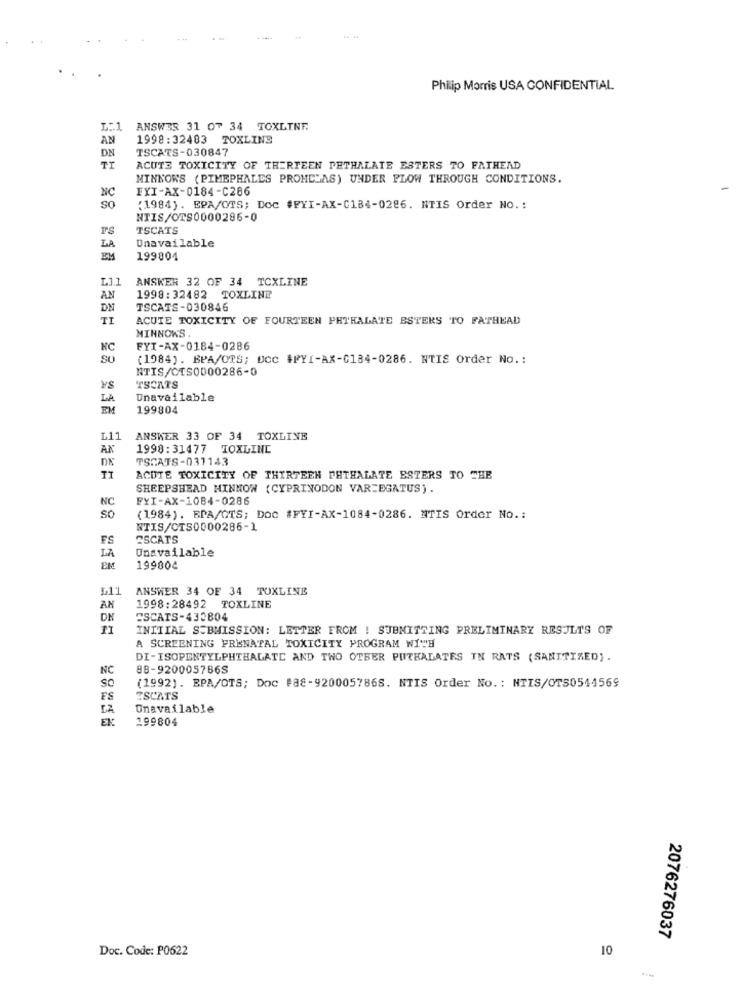
-44
Philip Morris USA CONFIDENTIAL
L:1
ANSWER 31 OF 34 TOXLINF.
AN
1998:32483 TOXLINE
DN
TSCATS-030847
TI
ACUTE TOXICITY OF THERTEEN PETHALATE ESTERS TO FATHEAD
MINNOWS (PIMEPHALES PROMELAS) UNDER FLOW THROUGH CONDITIONS.
FXI-AX-0184-C286
NC
So
:1984). EPA/OTS; DOC #FYI-AX-C184-0286. NTIS Order NO .:
NTIS/OTS0000286-0
rs
TSCATS
Unavailable
LA
199804
L11
ANSKER 32 OF 34 TCXLINE
AN
1998:32482 TOXLINE
DN
TSCATS-030846
TI
ACUTE TOXICITY OF FOURTEEN PHTHALATE ESTERS TO FATHEAD
MINNOWS,
NC
FYI-AX-0184-0286
SO
(1984). BPA/OTS; UCC #FYI-AX-C184-0286. NTIS Order No .:
NTIS/CTS0000286-0
VS
TSCATS
LA
Unavailable
EM
199804
L11
ANSWER 33 OF 34 TOXLINE
AK
1998:31477 TOXLINE
TSCATS-031143
IT
ACUTE TOXICITY OF THIRTEEN PHTHALATE ESTERS TO THE
SHEEPSHEAD MINNOW (CYPRINODON VARIEGATUS) .
NC
FYI-AX-1084-0286
so
(1984). BPA/OTS; DOC #FYI-AX-1084-0286. NTIS Order No .:
NTIS/CTS0000286-1
FS
2SCATS
Unavailable
LA
EM
19980¢
L11
ANSWER 34 OF 34 TOXLINE
AN
1998:28492 TOXLINE
DN
CSCATS-433804
INITIAL SUBMISSION: LETTER FROM ! SUBMITTING PRELIMINARY RESULTS OF
A SCREENING FRENATAL TOXICITY PROGRAM WITH
DI-ISOPENTYLPHTHALATC AND TWO OTHER PUTHALATES IN RATS (SANITIZED).
NC
88-920005786S
SO
(1992). EPA/OTS; Doc #88-920005786S. NTIS Order No .: NTIS/OTS0544569
FS
ESCATS
Unavailable
EK:
199804
2076276037
Doc. Code: P0622
10